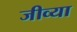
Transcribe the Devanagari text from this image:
जीव्या